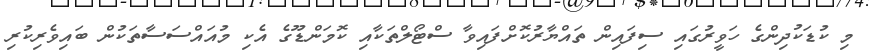
މި ކުޑަކުދިންގެ ހަވީރުގައި ސިފައިން ތައްޔާރުކޮށްފައިވާ ސްޓޯލްތަކާއި ކޮމަންޑޫގެ އެކި މުއައްސަސާތަކުން ބައިވެރިކުރި